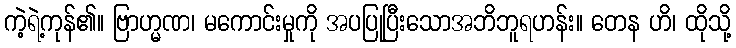
ကဲ့ရဲ့ကုန်၏။ ဗြာဟ္မဏ၊ မကောင်းမှုကို အပပြုပြီးသောအဘိဘူရဟန်း။ တေန ဟိ၊ ထိုသို့